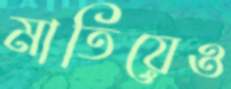
মাতিয়েও